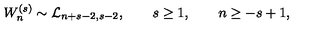
W _ { n } ^ { ( s ) } \sim { \cal L } _ { n + s - 2 , s - 2 } , \qquad s \geq 1 , \qquad n \geq - s + 1 ,